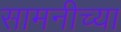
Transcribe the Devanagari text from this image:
सामनीच्या